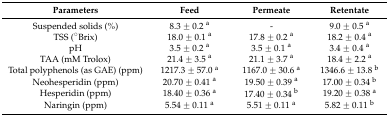
<table><thead><tr><td><b>Parameters</b></td><td><b>Feed</b></td><td><b>Permeate</b></td><td><b>Retentate</b></td></tr></thead><tbody><tr><td>Suspended solids (%)</td><td>8.3 ± 0.2 <sup>a</sup></td><td>-</td><td>9.0 ± 0.5 <sup>a</sup></td></tr><tr><td>TSS (°Brix)</td><td>18.0 ± 0.1 <sup>a</sup></td><td>17.8 ± 0.2 <sup>a</sup></td><td>18.2 ± 0.4 <sup>a</sup></td></tr><tr><td>pH</td><td>3.5 ± 0.2 <sup>a</sup></td><td>3.5 ± 0.1 <sup>a</sup></td><td>3.4 ± 0.4 <sup>a</sup></td></tr><tr><td>TAA (mM Trolox)</td><td>21.4 ± 3.5 <sup>a</sup></td><td>21.1 ± 3.7 <sup>a</sup></td><td>18.4 ± 2.2 <sup>a</sup></td></tr><tr><td>Total polyphenols (as GAE) (ppm)</td><td>1217.3 ± 57.0 <sup>a</sup></td><td>1167.0 ± 30.6 <sup>a</sup></td><td>1346.6 ± 13.8 <sup>b</sup></td></tr><tr><td>Neohesperidin (ppm)</td><td>20.70 ± 0.41 <sup>a</sup></td><td>19.50 ± 0.39 <sup>a</sup></td><td>17.00 ± 0.34 <sup>b</sup></td></tr><tr><td>Hesperidin (ppm)</td><td>18.40 ± 0.36 <sup>a</sup></td><td>17.40 ± 0.34 <sup>b</sup></td><td>19.20 ± 0.38 <sup>a</sup></td></tr><tr><td>Naringin (ppm)</td><td>5.54 ± 0.11 <sup>a</sup></td><td>5.51 ± 0.11 <sup>a</sup></td><td>5.82 ± 0.11 <sup>b</sup></td></tr></tbody></table>